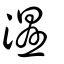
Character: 濕